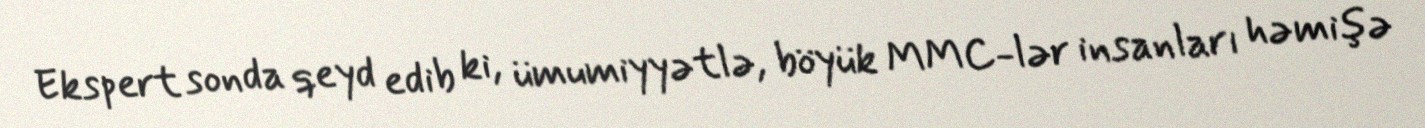
Ekspert sonda qeyd edib ki, ümumiyyətlə, böyük MMC-lər insanları həmişə